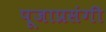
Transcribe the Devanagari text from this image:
पूजाप्रसंगी